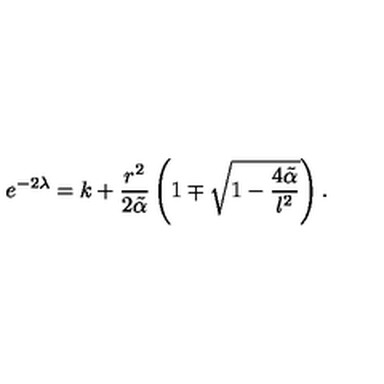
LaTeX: e ^ { - 2 \lambda } = k + \frac { r ^ { 2 } } { 2 \tilde { \alpha } } \left( 1 \mp \sqrt { 1 - \frac { 4 \tilde { \alpha } } { l ^ { 2 } } } \right) .